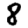
Digit: 8